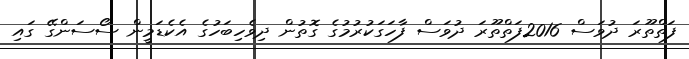
ފަތްތޫރަ ދުވަސް 2016ފަތްތޫރަ ދުވަސް ފާހަގަކުރުމުގެ ގޮތުން ދިވެހިބަހުގެ އެކެޑަމީން ސޯސަންގޭ ގައި